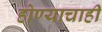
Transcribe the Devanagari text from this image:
होण्याचाही